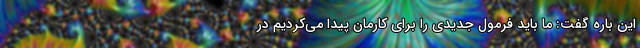
این باره گفت: ما باید فرمول جدیدی را برای کارمان پیدا می‌کردیم در